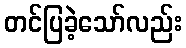
တင်ပြခဲ့သော်လည်း